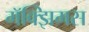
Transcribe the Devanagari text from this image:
मॅक्झिमस